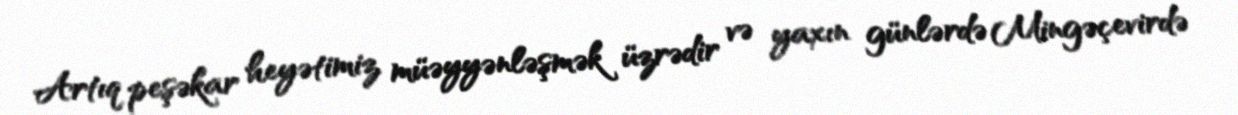
Artıq peşəkar heyətimiz müəyyənləşmək üzrədir və yaxın günlərdə Mingəçevirdə